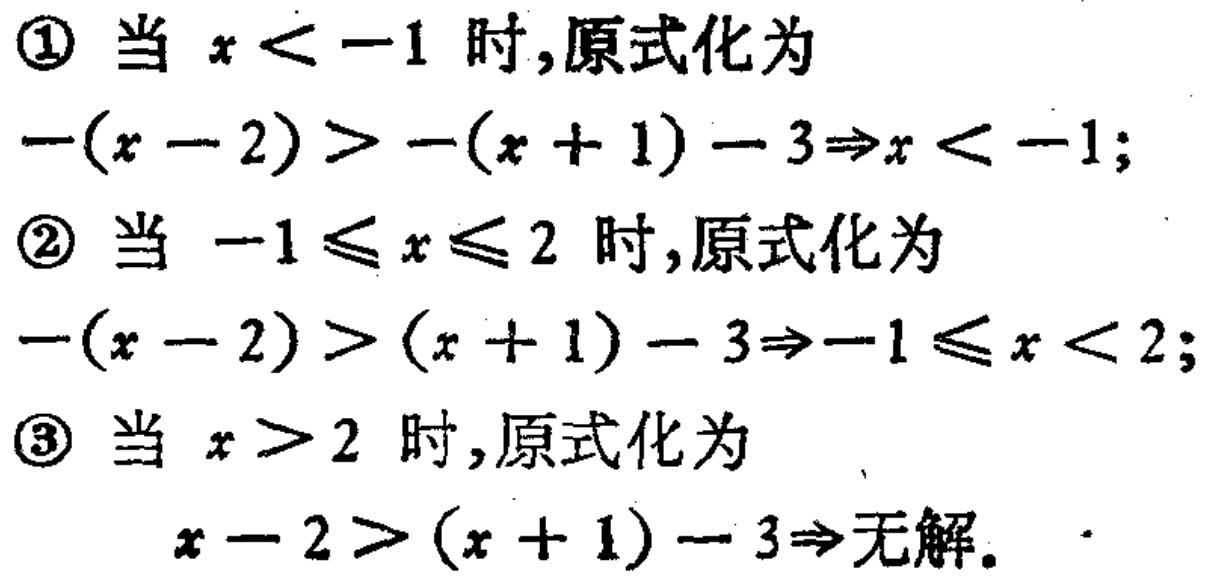
\textcircled{1} 当 \(x < -1\) 时,原式化为
\(-(x - 2) > -(x + 1) - 3\Rightarrow x < -1\);
\textcircled{2} 当 \(-1\leqslant x\leqslant 2\) 时,原式化为
\(-(x - 2) > (x + 1) - 3\Rightarrow -1\leqslant x < 2\);
\textcircled{3} 当 \(x > 2\) 时,原式化为
\(x - 2 > (x + 1) - 3\Rightarrow\)无解。